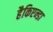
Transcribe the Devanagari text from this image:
हैकिएन्डा